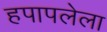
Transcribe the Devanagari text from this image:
हपापलेला